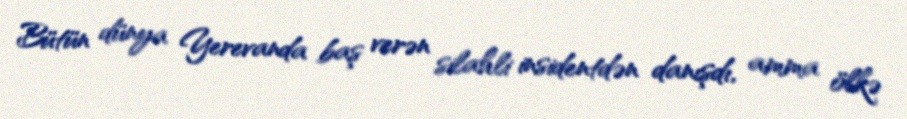
Bütün dünya Yerevanda baş verən silahli insidentdən danışdı, amma ölkə